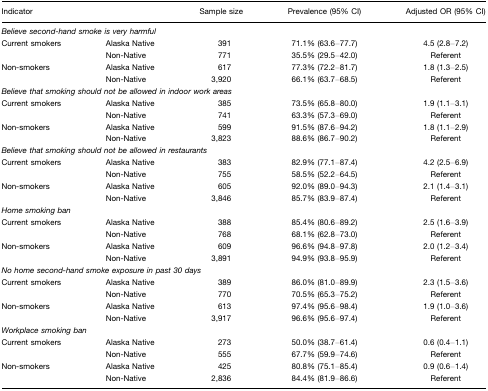
<table><thead><tr><td><b>Indicator</b></td><td></td><td><b>Sample size</b></td><td><b>Prevalence (95% CI)</b></td><td><b>Adjusted OR (95% CI)</b></td></tr></thead><tbody><tr><td colspan="5"><i>Believe second-hand smoke is very harmful</i></td></tr><tr><td>Current smokers</td><td>Alaska Native</td><td>391</td><td>71.1% (63.6–77.7)</td><td>4.5 (2.8–7.2)</td></tr><tr><td></td><td>Non-Native</td><td>771</td><td>35.5% (29.5–42.0)</td><td>Referent</td></tr><tr><td>Non-smokers</td><td>Alaska Native</td><td>617</td><td>77.3% (72.2–81.7)</td><td>1.8 (1.3–2.5)</td></tr><tr><td></td><td>Non-Native</td><td>3,920</td><td>66.1% (63.7–68.5)</td><td>Referent</td></tr><tr><td colspan="5"><i>Believe that smoking should not be allowed in indoor work areas</i></td></tr><tr><td>Current smokers</td><td>Alaska Native</td><td>385</td><td>73.5% (65.8–80.0)</td><td>1.9 (1.1–3.1)</td></tr><tr><td></td><td>Non-Native</td><td>741</td><td>63.3% (57.3–69.0)</td><td>Referent</td></tr><tr><td>Non-smokers</td><td>Alaska Native</td><td>599</td><td>91.5% (87.6–94.2)</td><td>1.8 (1.1–2.9)</td></tr><tr><td></td><td>Non-Native</td><td>3,823</td><td>88.6% (86.7–90.2)</td><td>Referent</td></tr><tr><td colspan="5"><i>Believe that smoking should not be allowed in restaurants</i></td></tr><tr><td>Current smokers</td><td>Alaska Native</td><td>383</td><td>82.9% (77.1–87.4)</td><td>4.2 (2.5–6.9)</td></tr><tr><td></td><td>Non-Native</td><td>755</td><td>58.5% (52.2–64.5)</td><td>Referent</td></tr><tr><td>Non-smokers</td><td>Alaska Native</td><td>605</td><td>92.0% (89.0–94.3)</td><td>2.1 (1.4–3.1)</td></tr><tr><td></td><td>Non-Native</td><td>3,846</td><td>85.7% (83.9–87.4)</td><td>Referent</td></tr><tr><td colspan="5"><i>Home smoking ban</i></td></tr><tr><td>Current smokers</td><td>Alaska Native</td><td>388</td><td>85.4% (80.6–89.2)</td><td>2.5 (1.6–3.9)</td></tr><tr><td></td><td>Non-Native</td><td>768</td><td>68.1% (62.8–73.0)</td><td>Referent</td></tr><tr><td>Non-smokers</td><td>Alaska Native</td><td>609</td><td>96.6% (94.8–97.8)</td><td>2.0 (1.2–3.4)</td></tr><tr><td></td><td>Non-Native</td><td>3,891</td><td>94.9% (93.8–95.9)</td><td>Referent</td></tr><tr><td colspan="5"><i>No home second-hand smoke exposure in past 30 days</i></td></tr><tr><td>Current smokers</td><td>Alaska Native</td><td>389</td><td>86.0% (81.0–89.9)</td><td>2.3 (1.5–3.6)</td></tr><tr><td></td><td>Non-Native</td><td>770</td><td>70.5% (65.3–75.2)</td><td>Referent</td></tr><tr><td>Non-smokers</td><td>Alaska Native</td><td>613</td><td>97.4% (95.6–98.4)</td><td>1.9 (1.0–3.6)</td></tr><tr><td></td><td>Non-Native</td><td>3,917</td><td>96.6% (95.6–97.4)</td><td>Referent</td></tr><tr><td colspan="5"><i>Workplace smoking ban</i></td></tr><tr><td>Current smokers</td><td>Alaska Native</td><td>273</td><td>50.0% (38.7–61.4)</td><td>0.6 (0.4–1.1)</td></tr><tr><td></td><td>Non-Native</td><td>555</td><td>67.7% (59.9–74.6)</td><td>Referent</td></tr><tr><td>Non-smokers</td><td>Alaska Native</td><td>425</td><td>80.8% (75.1–85.4)</td><td>0.9 (0.6–1.4)</td></tr><tr><td></td><td>Non-Native</td><td>2,836</td><td>84.4% (81.9–86.6)</td><td>Referent</td></tr></tbody></table>